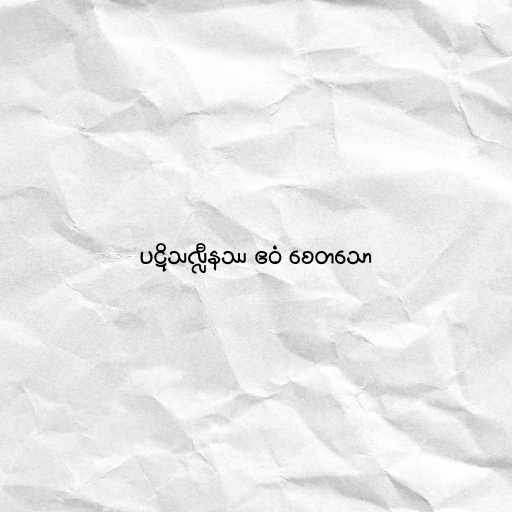
ပဋိသလ္လီနဿ ဧဝံ စေတသော